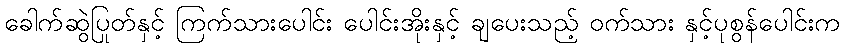
ခေါက်ဆွဲပြုတ်နှင့် ကြက်သားပေါင်း ပေါင်းအိုးနှင့် ချပေးသည့် ဝက်သား နှင့်ပုစွန်ပေါင်းက